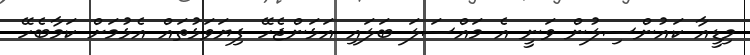
މިޑީއާ ކައުންސިލުން ވަނީ އެ މައްސަލަ ބަލައި އަޅަންޖެހޭ ފިޔަވަޅުތައް އެޅުމަށް ކަމާބެހޭ